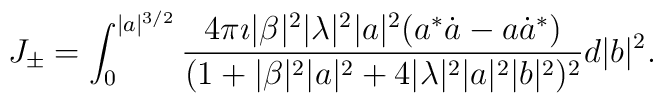
J_{\pm} = \int_0^{\vert a\vert ^{3/2}} \frac{4\pi\imath\vert \beta\vert ^2\vert\lambda\vert ^2 \vert a\vert ^2 (a^* \dot{a} - a\dot{a}^* )}{(1+\vert\beta\vert ^2 \vert a\vert ^2 + 4\vert\lambda\vert ^2\vert a\vert ^2 \vert b\vert ^2 ) ^2} d\vert b\vert ^2.